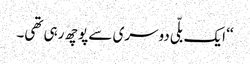
‘‘ ایک بلّی دوسری سے پوچھ رہی تھی۔